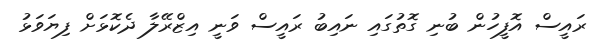
ރައީސް އޮފީހުން ބުނި ގޮތުގައި ނައިބު ރައީސް ވަނީ އިޒްރޭލާ ދެކޮޅަށް ފިޔަވަޅު